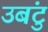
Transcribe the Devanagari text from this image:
उबंटु